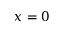
x = 0